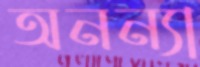
অনন্যা